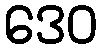
ဒေဝ